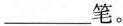
___笔。